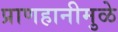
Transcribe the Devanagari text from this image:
प्राणहानीमुळे